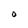
Character: O